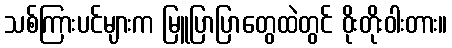
သစ်ကြားပင်များက မြူပြာပြာတွေထဲတွင် ဝိုးတိုးဝါးတား။